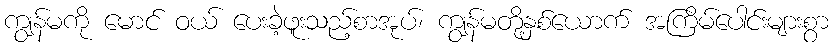
ကျွန်မကို မောင် ဝယ် ပေးခဲ့ဖူးသည့်စာအုပ်၊ ကျွန်မတို့နှစ်ယောက် အကြိမ်ပေါင်းများစွာ